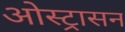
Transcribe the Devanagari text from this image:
ओस्ट्रासन